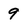
Character: 9